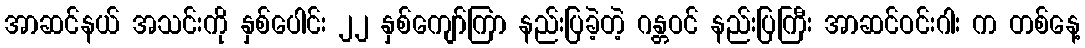
အာဆင်နယ် အသင်းကို နှစ်ပေါင်း ၂၂ နှစ်ကျော်ကြာ နည်းပြခဲ့တဲ့ ဂန္တဝင် နည်းပြကြီး အာဆင်ဝင်းဂါး က တစ်နေ့